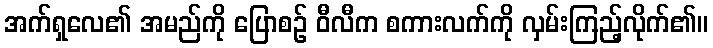
အက်ရှလေ၏ အမည်ကို ပြောစဉ် ဝီလီက စကားလက်ကို လှမ်းကြည့်လိုက်၏။